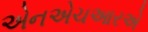
એનએચઆરએ